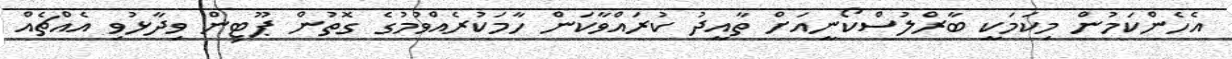
އެހެންކަމުން މިކަމަކީ ބާރްލުސްކޯނީއަށް ތާއީދު ކުރައްވާކަން ހާމަކުރެއްވުމުގެ ގޮތުން ޕޫޓިން ވިދާޅުވި އެއްޗެއް